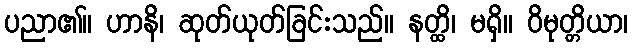
ပညာ၏။ ဟာနိ၊ ဆုတ်ယုတ်ခြင်းသည်။ နတ္ထိ၊ မရှိ။ ဝိမုတ္တိယာ၊